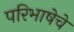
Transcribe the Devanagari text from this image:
परिभाषेचे